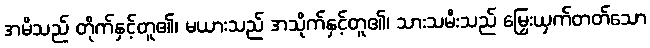
အမိသည် တိုက်နှင့်တူ၏၊ မယားသည် အသိုက်နှင့်တူ၏၊ သားသမီးသည် မြှေးယှက်တတ်သော